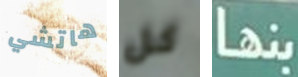
هاتشي كل بنها